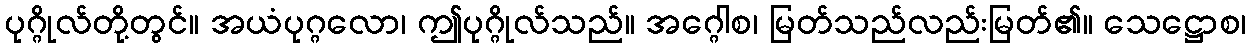
ပုဂ္ဂိုလ်တို့တွင်။ အယံပုဂ္ဂလော၊ ဤပုဂ္ဂိုလ်သည်။ အဂ္ဂေါစ၊ မြတ်သည်လည်းမြတ်၏။ သေဋ္ဌောစ၊